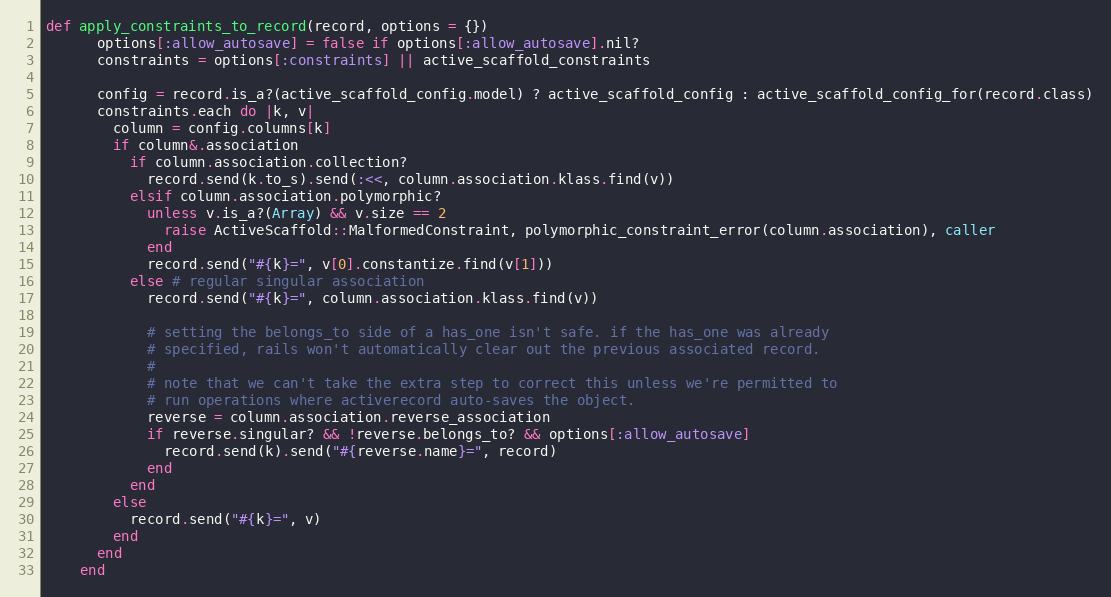
Language: Ruby
def apply_constraints_to_record(record, options = {})
      options[:allow_autosave] = false if options[:allow_autosave].nil?
      constraints = options[:constraints] || active_scaffold_constraints

      config = record.is_a?(active_scaffold_config.model) ? active_scaffold_config : active_scaffold_config_for(record.class)
      constraints.each do |k, v|
        column = config.columns[k]
        if column&.association
          if column.association.collection?
            record.send(k.to_s).send(:<<, column.association.klass.find(v))
          elsif column.association.polymorphic?
            unless v.is_a?(Array) && v.size == 2
              raise ActiveScaffold::MalformedConstraint, polymorphic_constraint_error(column.association), caller
            end
            record.send("#{k}=", v[0].constantize.find(v[1]))
          else # regular singular association
            record.send("#{k}=", column.association.klass.find(v))

            # setting the belongs_to side of a has_one isn't safe. if the has_one was already
            # specified, rails won't automatically clear out the previous associated record.
            #
            # note that we can't take the extra step to correct this unless we're permitted to
            # run operations where activerecord auto-saves the object.
            reverse = column.association.reverse_association
            if reverse.singular? && !reverse.belongs_to? && options[:allow_autosave]
              record.send(k).send("#{reverse.name}=", record)
            end
          end
        else
          record.send("#{k}=", v)
        end
      end
    end